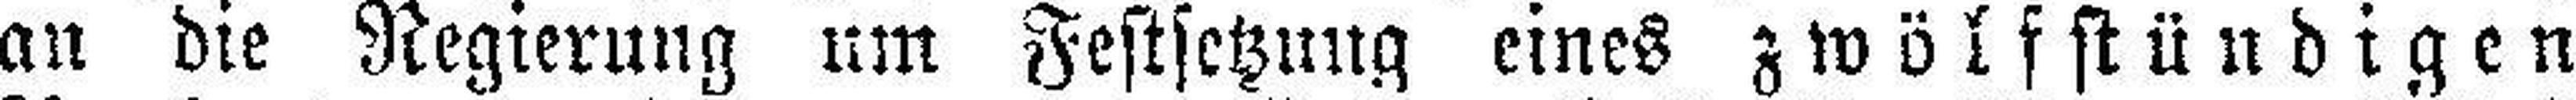
an die Regierung um Festsetzung eines zwölfstündigen